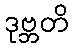
ဒုဗ္ဘတိ